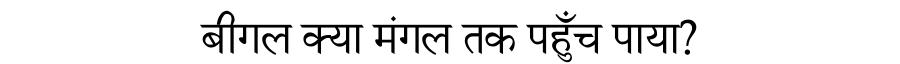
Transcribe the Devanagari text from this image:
बीगल क्या मंगल तक पहुँच पाया?